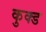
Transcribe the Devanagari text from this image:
कुक्ड